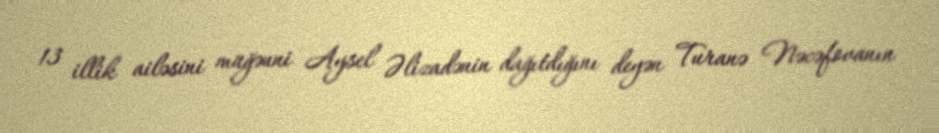
13 illik ailəsini müğənni Aysel Əlizadənin dağıtdığını deyən Turanə Nəcəfovanın